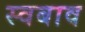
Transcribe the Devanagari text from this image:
स्वबाव